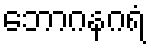
ဘောဂနဂရံ